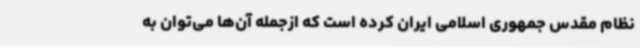
نظام مقدس جمهوری اسلامی ایران کرده است که ازجمله آن‌ها می‌توان به